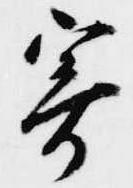
寄